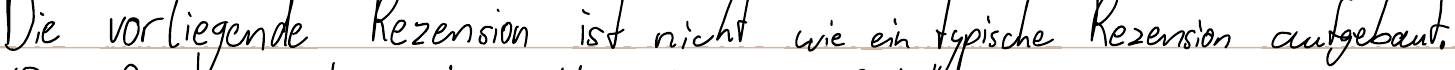
Die vorliegende Rezension ist nicht wie ein typische Rezension aufgebaut.